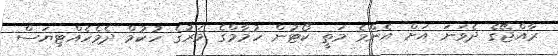
ރާއްޖޭގެ ދެވަނަ އަށް އެންމެ މަތީ ކޯޓުން ހުމާމްގެ މަރުގެ ހުކުމް ދެމެހެއްޓިޔަސް